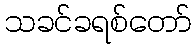
သခင်ခရစ်တော်